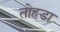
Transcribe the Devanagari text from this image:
तोहडा